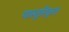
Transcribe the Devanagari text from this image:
पास्तुरिकृत